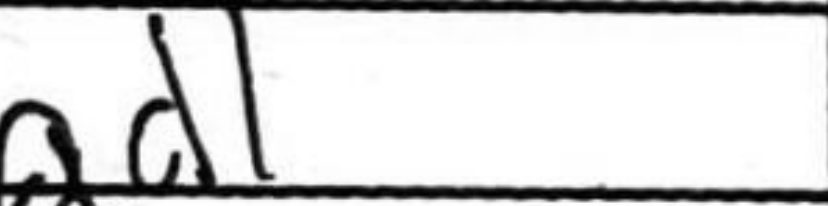
Transcription: Rd1